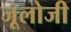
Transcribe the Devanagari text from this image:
जूलोजी